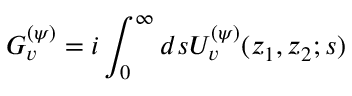
G _ { v } ^ { ( \psi ) } = i \int _ { 0 } ^ { \infty } d s U _ { v } ^ { ( \psi ) } ( z _ { 1 } , z _ { 2 } ; s )